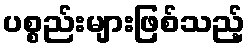
ပစ္စည်းများဖြစ်သည့်